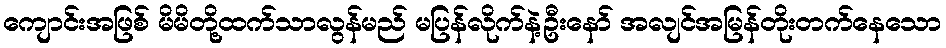
ကျောင်းအဖြစ် မိမိတို့ထက်သာလွန်မည် မပြန်လိုက်နဲ့ဦးနော် အလျင်အမြန်တိုးတက်နေသော